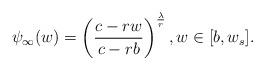
LaTeX: \begin{align*}\psi_\infty(w)=\left(\frac{c-rw}{c-rb}\right)^{\frac{\lambda}{r}}, w\in[b,w_s].\end{align*}